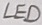
Text: LED